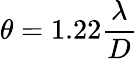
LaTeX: \theta=1.22{\frac{\lambda}{D}}